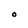
Character: O